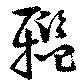
轞